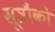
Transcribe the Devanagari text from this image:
सूत्रौंको